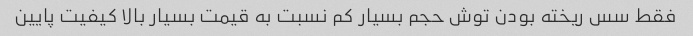
فقط سس ریخته بودن توش حجم بسیار کم نسبت به قیمت بسیار بالا کیفیت پایین